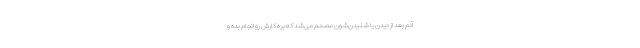
آدم بعد از دیدن یا شنیدن‌شون مصمم می‌شد که بره کارش رو انجام بده و